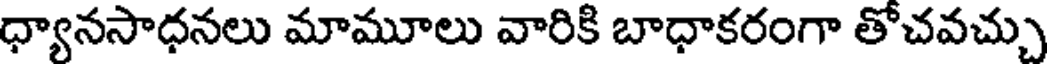
ధ్యానసాధనలు మామూలు వారికి బాధాకరంగా తోచవచ్చు